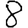
Digit: 8